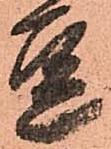
豆